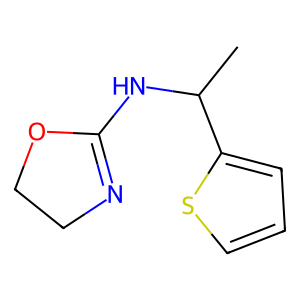
SMILES: CC(NC1=NCCO1)c1cccs1
Inhibits HIV replication: No